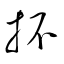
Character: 抔